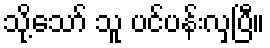
သို့သော် သူ ပင်ပန်းလှပြီ။